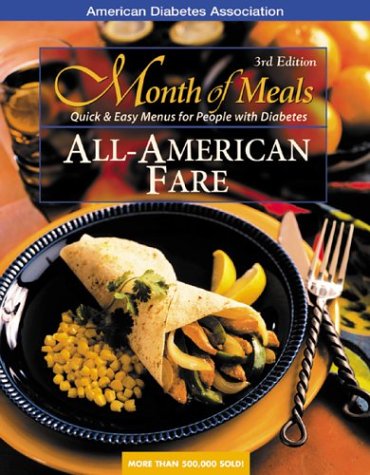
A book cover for Month of Meals: All-American Fare; American Diabetes Association; Health, Fitness & Dieting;